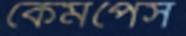
কেমপেস